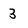
Character: 3